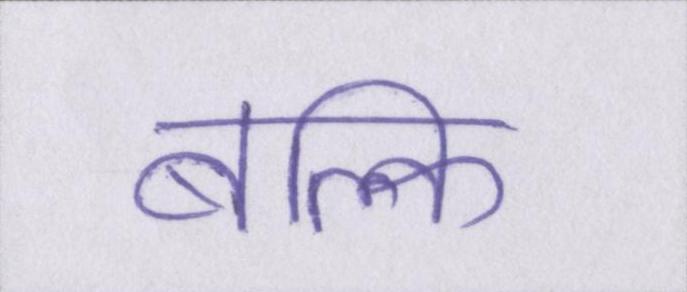
बल्कि